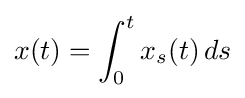
x(t)=\int _{0}^{t}x_{s}(t)\,ds